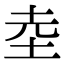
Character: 坴